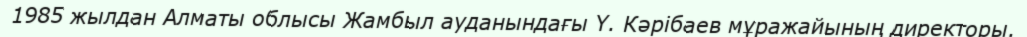
1985 жылдан Алматы облысы Жамбыл ауданындағы Ү. Кәрібаев мұражайының директоры.